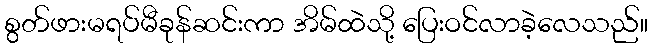
စွတ်ဖားမရပ်မီခုန်ဆင်းကာ အိမ်ထဲသို့ ပြေးဝင်လာခဲ့လေသည်။